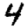
Digit: 4